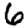
Digit: 6